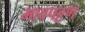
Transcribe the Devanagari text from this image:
भावपट्टण